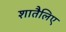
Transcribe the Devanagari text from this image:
शातैलिए